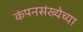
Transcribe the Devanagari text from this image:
कंपनसंख्येच्या